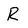
Character: R